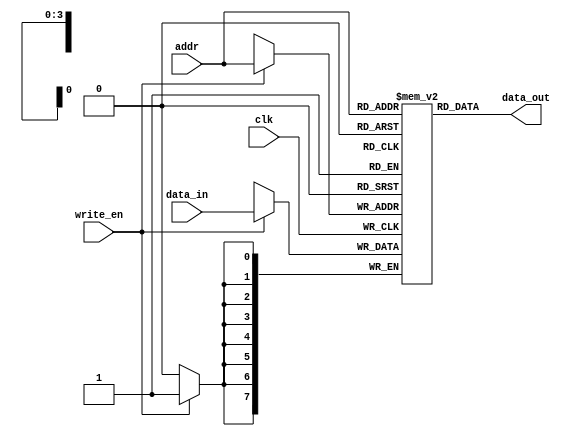
module register_file (
  input wire clk,
  input wire [ADDR_WIDTH-1:0] addr,
  input wire [DATA_WIDTH-1:0] data_in,
  input wire write_en,
  output reg [DATA_WIDTH-1:0] data_out
);

parameter NUM_REGISTERS = 16; // Number of registers
parameter ADDR_WIDTH = $clog2(NUM_REGISTERS); // Address width
parameter DATA_WIDTH = 8; // Width of each register

reg [DATA_WIDTH-1:0] registers [0:NUM_REGISTERS-1];

always @(posedge clk) begin
  if (write_en) begin
    registers[addr] <= data_in;
  end
end

assign data_out = registers[addr];

endmodule